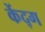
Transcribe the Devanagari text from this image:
केंद्ग